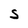
Character: S